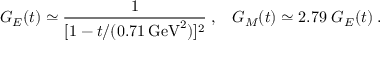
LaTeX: G _ { E } ( t ) \simeq \frac { 1 } { [ 1 - t / ( 0 . 7 1 \, { \mathrm { G e V } } ^ { 2 } ) ] ^ { 2 } } \; , \; \; \; G _ { M } ( t ) \simeq 2 . 7 9 \; G _ { E } ( t ) \; .